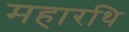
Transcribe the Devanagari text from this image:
महारथि